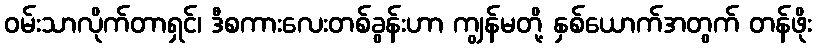
ဝမ်းသာလိုက်တာရှင်၊ ဒီစကားလေးတစ်ခွန်းဟာ ကျွန်မတို့ နှစ်ယောက်အတွက် တန်ဖိုး